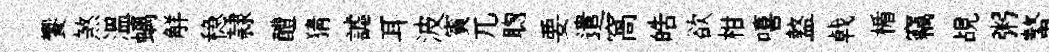
饗煞溫螭觧稳隷醴猜謔耳波賓兀聦要遣窩皓欲柑嘻盩㦸楯竊覘粥螯